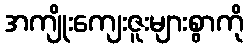
အကျိုးကျေးဇူးများစွာကို